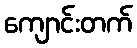
ကျောင်းတက်